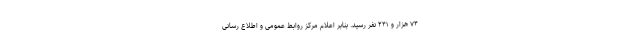
۷۴ هزار و ۲۴۱ نفر رسید. بنابر اعلام مرکز روابط عمومی و اطلاع رسانی